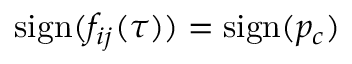
\mathrm { s i g n } ( f _ { i j } ( \tau ) ) = \mathrm { s i g n } ( p _ { c } )